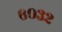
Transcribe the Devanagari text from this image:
६०३२